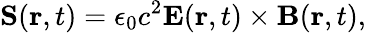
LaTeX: \mathbf{S}(\mathbf{r},t)=\epsilon_{0}c^{2}\mathbf{E}(\mathbf{r},t)\times\mathbf{B}(\mathbf{r},t),